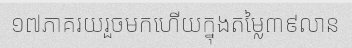
១៧ភាគរយរួចមកហើយក្នុងតម្លៃ៣៩លាន